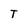
Character: T